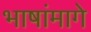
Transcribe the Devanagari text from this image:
भाषांमागे